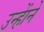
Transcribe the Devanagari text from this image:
उन्हाेंने